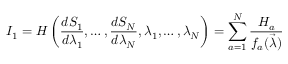
I _ { 1 } = H \left( \frac { d S _ { 1 } } { d \lambda _ { 1 } } , \dots , \frac { d S _ { N } } { d \lambda _ { N } } , \lambda _ { 1 } , \dots , \lambda _ { N } \right) = \sum _ { a = 1 } ^ { N } \frac { H _ { a } } { f _ { a } ( \vec { \lambda } ) }